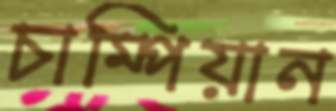
চাম্পিয়ান